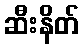
ဆီးနိတ်